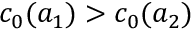
c _ { 0 } ( a _ { 1 } ) > c _ { 0 } ( a _ { 2 } )